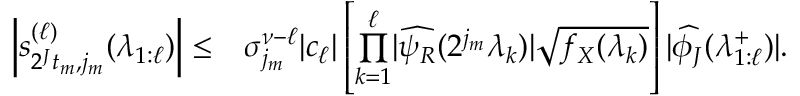
\begin{array} { r l } { \left| s _ { 2 ^ { J } t _ { m } , j _ { m } } ^ { ( \ell ) } ( \lambda _ { 1 : \ell } ) \right| \leq } & { \sigma _ { j _ { m } } ^ { \nu - \ell } | c _ { \ell } | \left[ \overset { \ell } { \underset { k = 1 } { \prod } } | \widehat { \psi _ { R } } ( 2 ^ { j _ { m } } \lambda _ { k } ) | \sqrt { f _ { X } ( \lambda _ { k } ) } \right] | \widehat { \phi _ { J } } ( \lambda _ { 1 : \ell } ^ { + } ) | . } \end{array}